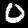
Digit: 0